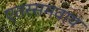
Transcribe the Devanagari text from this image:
एतस्समवाय